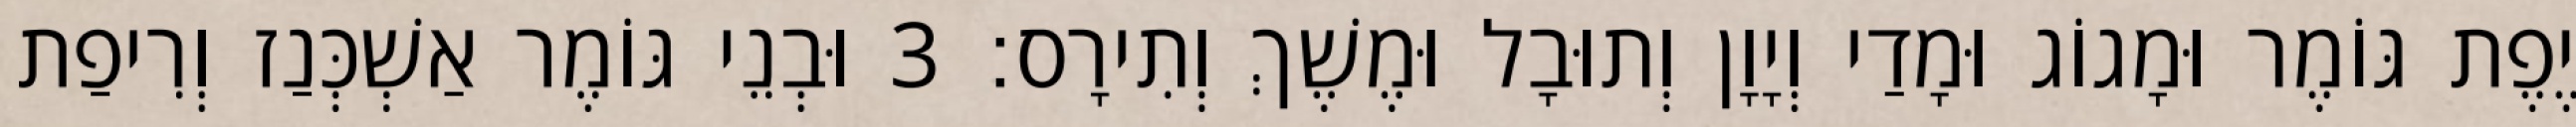
יֶפֶת גּוֹמֶר וּמָגוֹג וּמָדַי וְיָוָן וְתוּבָל וּמֶשֶׁךְ וְתִירָס׃ 3 וּבְנֵי גּוֹמֶר אַשְׁכְּנַז וְרִיפַת